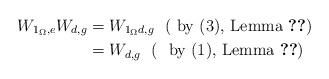
LaTeX: \begin{align*} W_{1_{\Omega},e}W_{d,g}&=W_{1_{\Omega}d,g}~~ (\textrm{ by $(3)$, Lemma \ref{Relations})} \\ &=W_{d,g}~~ (~~\textrm{by $(1)$, Lemma \ref{Relations})} \end{align*}